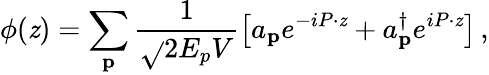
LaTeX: \phi(\mathit{z})=\sum_{\mathbf{p}}\frac{{1}}{{\sqrt{}{{2E_{p}V}}}}\left[a_{\mathbf{p}}e^{-iP\cdot\mathit{z}}+a_{\mathbf{p}}^{\dagger}e^{iP\cdot\mathit{z}}\right]\, ,